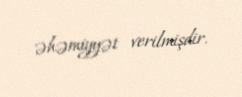
əhəmiyyət verilmişdir.